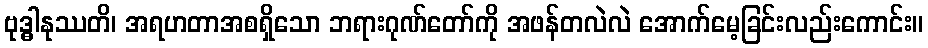
ဗုဒ္ဓါနုဿတိ၊ အရဟတာအစရှိသော ဘရားဂုဏ်တော်ကို အဖန်တလဲလဲ အောက်မေ့ခြင်းလည်းကောင်း။